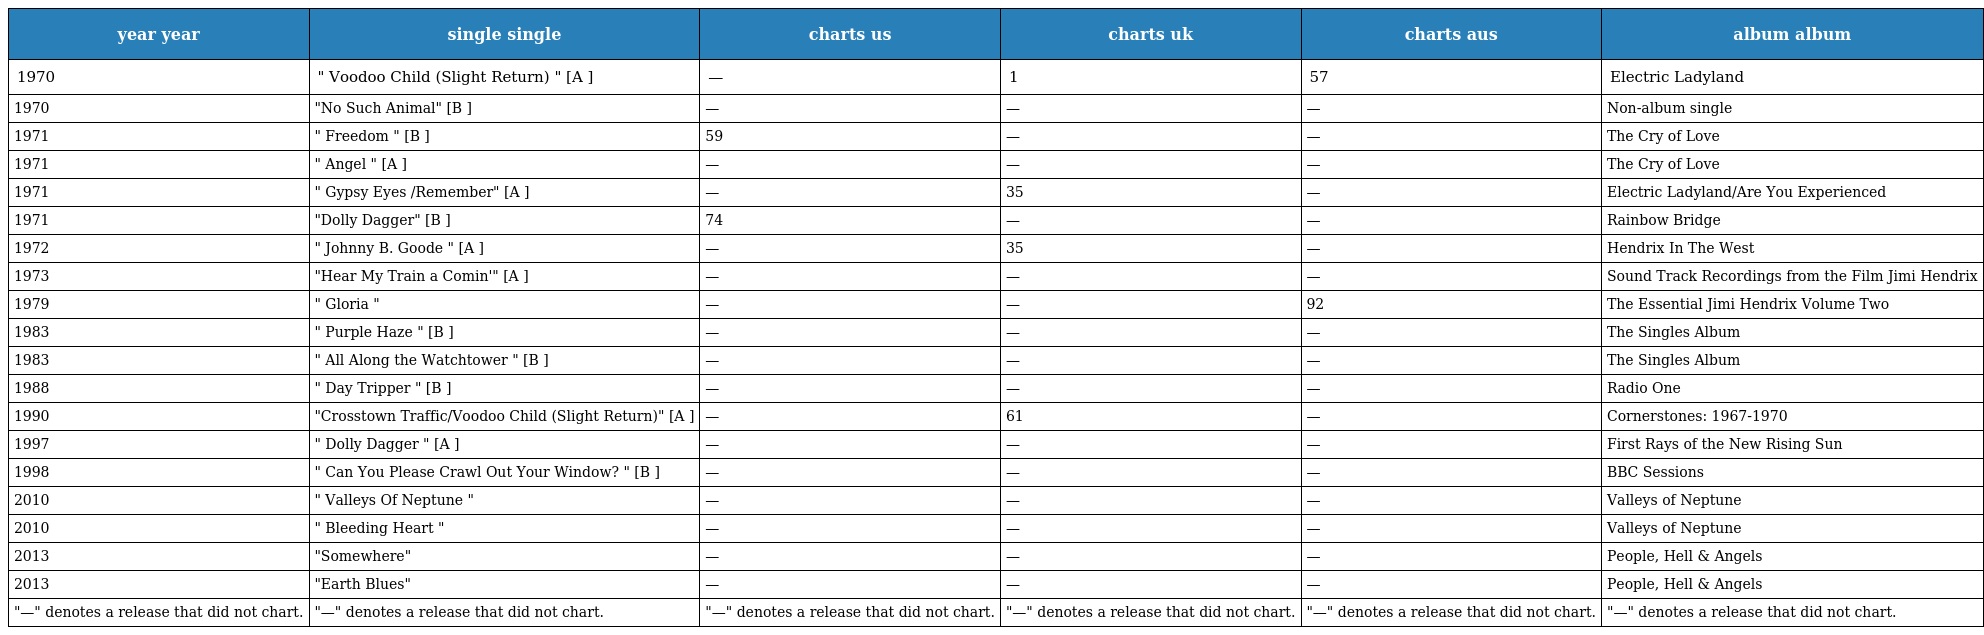
| year year | single single | charts us | charts uk | charts aus | album album |
 | --- | --- | --- | --- | --- | --- |
 | 1970 | " Voodoo Child (Slight Return) " [A ] | — | 1 | 57 | Electric Ladyland |
 | 1970 | "No Such Animal" [B ] | — | — | — | Non-album single |
 | 1971 | " Freedom " [B ] | 59 | — | — | The Cry of Love |
 | 1971 | " Angel " [A ] | — | — | — | The Cry of Love |
 | 1971 | " Gypsy Eyes /Remember" [A ] | — | 35 | — | Electric Ladyland/Are You Experienced |
 | 1971 | "Dolly Dagger" [B ] | 74 | — | — | Rainbow Bridge |
 | 1972 | " Johnny B. Goode " [A ] | — | 35 | — | Hendrix In The West |
 | 1973 | "Hear My Train a Comin'" [A ] | — | — | — | Sound Track Recordings from the Film Jimi Hendrix |
 | 1979 | " Gloria " | — | — | 92 | The Essential Jimi Hendrix Volume Two |
 | 1983 | " Purple Haze " [B ] | — | — | — | The Singles Album |
 | 1983 | " All Along the Watchtower " [B ] | — | — | — | The Singles Album |
 | 1988 | " Day Tripper " [B ] | — | — | — | Radio One |
 | 1990 | "Crosstown Traffic/Voodoo Child (Slight Return)" [A ] | — | 61 | — | Cornerstones: 1967-1970 |
 | 1997 | " Dolly Dagger " [A ] | — | — | — | First Rays of the New Rising Sun |
 | 1998 | " Can You Please Crawl Out Your Window? " [B ] | — | — | — | BBC Sessions |
 | 2010 | " Valleys Of Neptune " | — | — | — | Valleys of Neptune |
 | 2010 | " Bleeding Heart " | — | — | — | Valleys of Neptune |
 | 2013 | "Somewhere" | — | — | — | People, Hell & Angels |
 | 2013 | "Earth Blues" | — | — | — | People, Hell & Angels |
 | "—" denotes a release that did not chart. | "—" denotes a release that did not chart. | "—" denotes a release that did not chart. | "—" denotes a release that did not chart. | "—" denotes a release that did not chart. | "—" denotes a release that did not chart. |